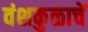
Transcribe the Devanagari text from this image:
वंशकुळाचें